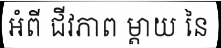
អំពី ជីវភាព ម្តាយ នៃ